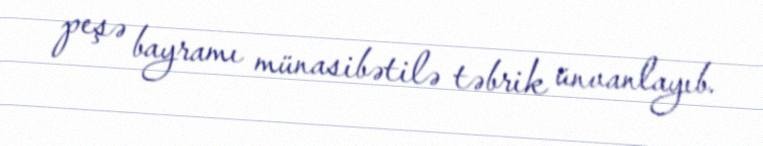
peşə bayramı münasibətilə təbrik ünvanlayıb.